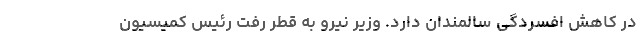
در کاهش افسردگی سالمندان دارد. وزیر نیرو به قطر رفت رئیس کمیسیون